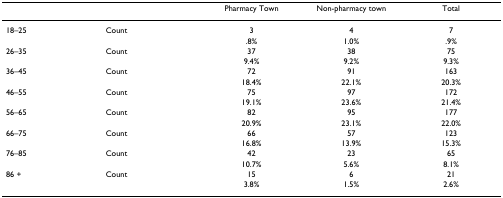
|  |  | Pharmacy Town | Non-pharmacy town | Total |
 | --- | --- | --- | --- | --- |
 | 18–25 | Count | 3 | 4 | 7 |
 |  |  | .8% | 1.0% | .9% |
 | 26–35 | Count | 37 | 38 | 75 |
 |  |  | 9.4% | 9.2% | 9.3% |
 | 36–45 | Count | 72 | 91 | 163 |
 |  |  | 18.4% | 22.1% | 20.3% |
 | 46–55 | Count | 75 | 97 | 172 |
 |  |  | 19.1% | 23.6% | 21.4% |
 | 56–65 | Count | 82 | 95 | 177 |
 |  |  | 20.9% | 23.1% | 22.0% |
 | 66–75 | Count | 66 | 57 | 123 |
 |  |  | 16.8% | 13.9% | 15.3% |
 | 76–85 | Count | 42 | 23 | 65 |
 |  |  | 10.7% | 5.6% | 8.1% |
 | 86 + | Count | 15 | 6 | 21 |
 |  |  | 3.8% | 1.5% | 2.6% |